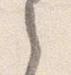
之